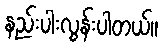
နည်းပါးလွန်းပါတယ်။